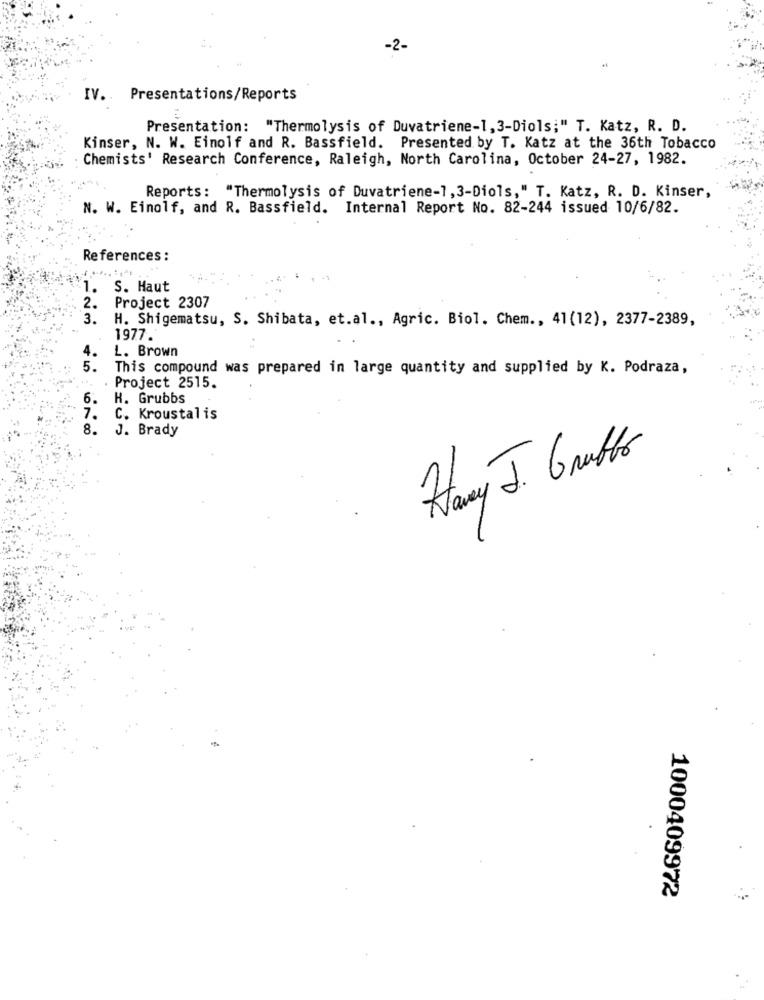
-2-
IV. Presentations/Reports
Presentation: "Thermolysis of Duvatriene-1, 3-Diols;" T. Katz, R. D.
Kinser, N. W. Einolf and R. Bassfield. Presented by T. Katz at the 36th Tobacco
Chemists' Research Conference, Raleigh, North Carolina, October 24-27, 1982.
Reports: "Thermolysis of Duvatriene-1,3-Diols," T. Katz, R. D. Kinser,
N. W. Einolf, and R. Bassfield. Internal Report No. 82-244 issued 10/6/82.
References :
1.
S. Haut
Project 2307
2.
3.
H. Shigematsu, S. Shibata, et.al ., Agric. Biol. Chem ., 41(12), 2377-2389,
1977.
L. Brown
5.
This compound was prepared in large quantity and supplied by K. Podraza,
Project 2515.
6.
H. Grubbs
7.
C. Kroustalis
8.
J. Brady
Hay J. Grafts
1000409972